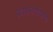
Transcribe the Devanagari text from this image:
प्रवेशमार्गावरची